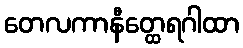
တေလကာနီတ္ထေရဂါထာ